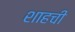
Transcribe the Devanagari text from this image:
शाहची